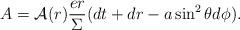
LaTeX: \begin{align*}A= {\cal A}(r)\frac {er}\Sigma (dt +dr - a \sin ^2 \theta d\phi).\end{align*}